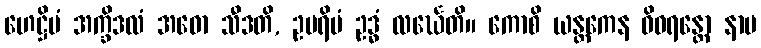
ဟေဋ္ဌိမံ အက္ခိဒလံ အဓော သီဒတိ, ဥပရိမံ ဥဒ္ဓံ လင်္ဃေတိ။ ကောစိ ယန္တကေန ဝိဝရန္တော နာမ